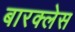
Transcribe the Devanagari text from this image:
बारक्लेस